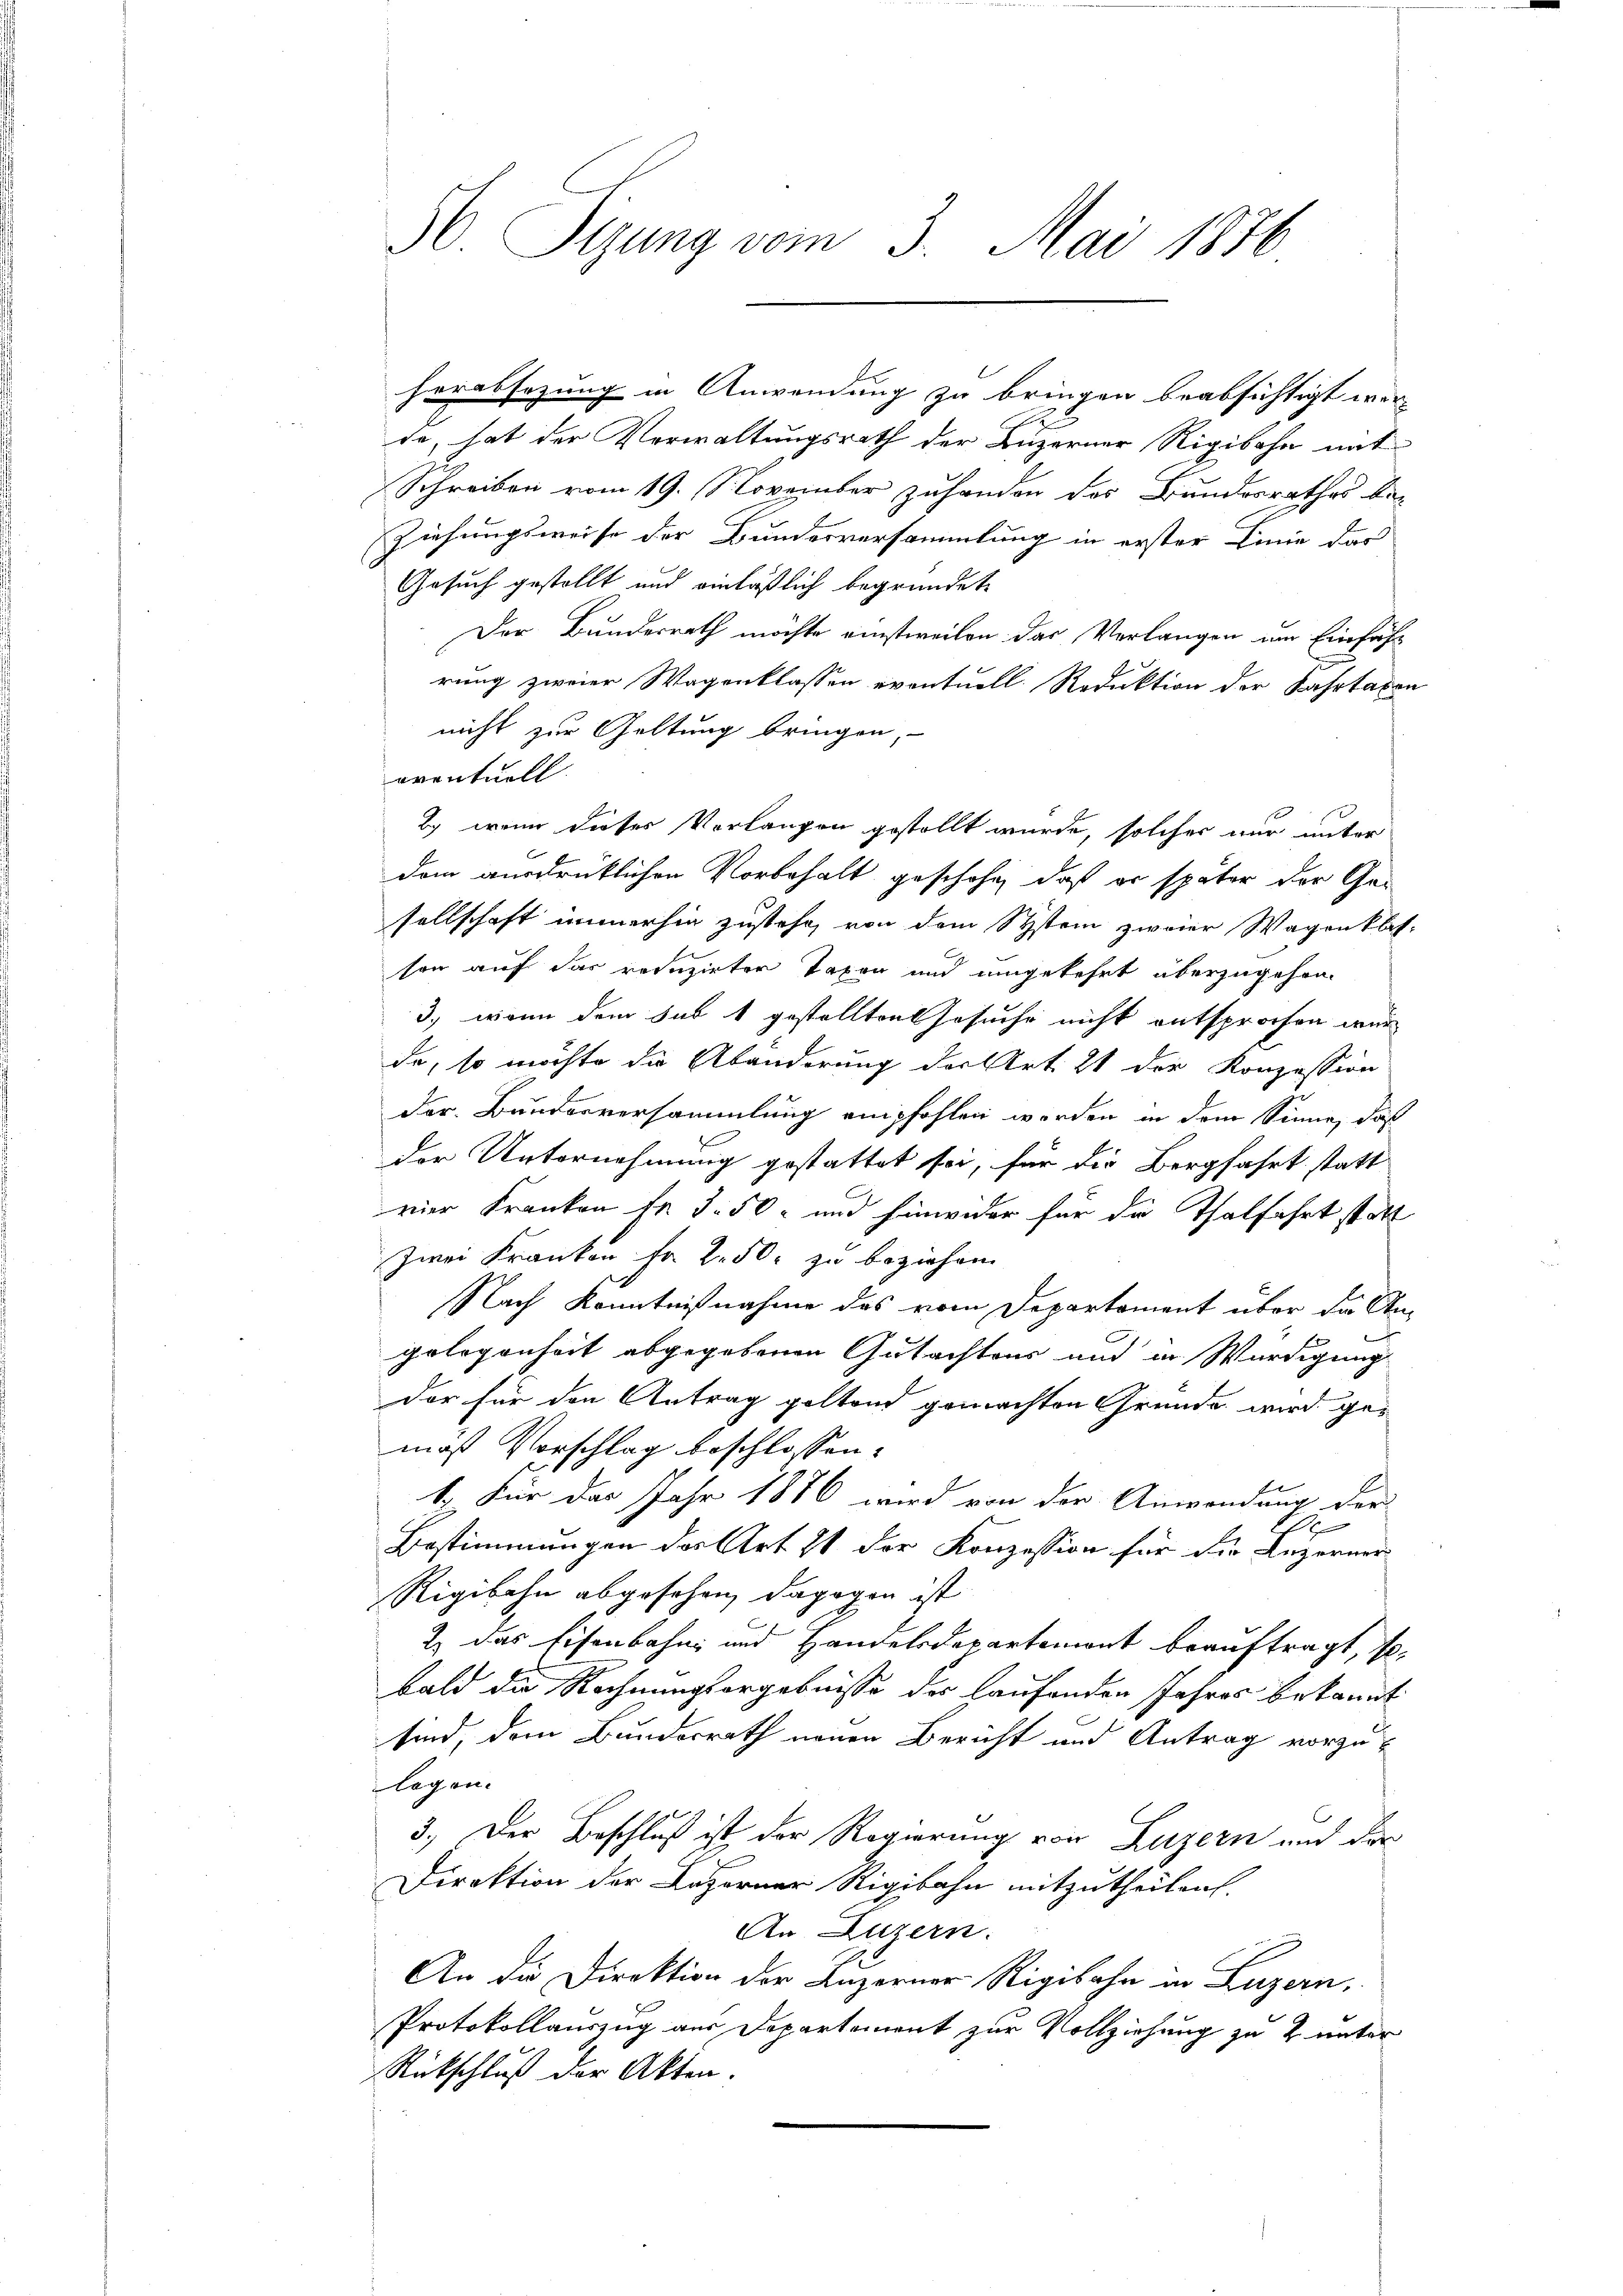
30. Sitzung vom 3. Mai 1876

herabsetzung in Anwendung zu bringen beabsichtigt wer
e
de, hat der Verwaltungsrath der Luzerner Rigibahn mit
Schreiben vom 19. November zuhanden des Bundesrathes be-
Ziehungsweise der Bundesversammlung in erster Linie das
Gesuch gestellt und einläßlich begründete
Der Bundesrath möchte einstweilen das Verlangen im Einführ
rung zweier Wagenklassen eventuell. Reduktion der Fahrtaxen
nicht zur Geltung bringen,
eventuell
by, wenn dieses Vorlangen gestellt wurde, solcher nur unter
dem ausdrücklichen Vorbehalt geschehe, daß er später der Ge-
sellschaft immerhin zustehe, von dem System zweier Wagenklas-
son auf das reduzirter Taxen und umgekehrt überzugehen.
3., wenn dem sub 1 gestellten Gesuche nicht entsprochen wer
da, so möchte die Abänderung der Art. 21 der Konzession
der. Bunderversammlung empfohlen werden in dem Sinne, daß
der Unternehmung gestattet sei, für die Bergfahrt statt
vier Franken fr. 3. 50 und hinwider für die Thalfahrt statt
Zwei Kranken fr 250. zu beziehen
Nach Kenntnißnahme das vom Departement über die Angelegenheit abgegebenen Gutachtens und in Würdigung
Der für den Antrag poltend gemachten Gründe wird gemoß Vorschlag beschlossen.
1.) Für das Jahr 1886 wird von der Anwendung der
.
Bestimmungen des Art. 21 der Konzession für die Luzerner
Rigibahn abgesehen, dagegen ist
2) das Eisenbahn und Handelsdepartemont beauftragt, so
bald die Rechnungsergebnisse der laufenden Jahres bekannt
sind, dem Bunderrath neuen Bericht und Antrag vorzulegen.
3.) Der Beschluß ist der Regierung von Luzern und der
Direktion der Luzerner Rigibahn mitzutheilen.
An Luzern.
An die Direktion der Luzerner Rigibahn in Luzern,
Protokollauszug aus Departement zur Vollziehung zu 2. unter
Rückschluß der Akten.